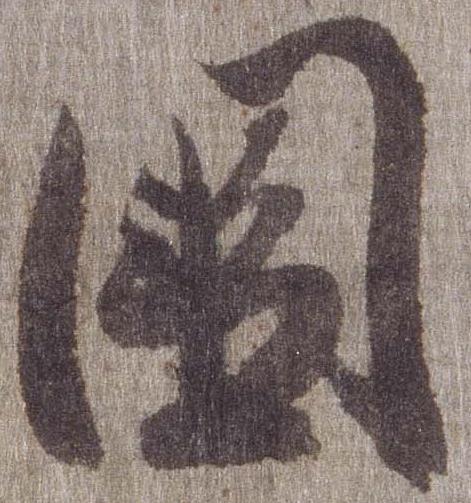
国